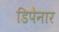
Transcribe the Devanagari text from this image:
डिपेनार